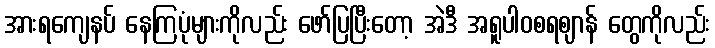
အားရကျေနပ် နေကြပုံများကိုလည်း ဖော်ပြပြီးတော့ အဲဒီ အရူပါဝစရဈာန် တွေကိုလည်း